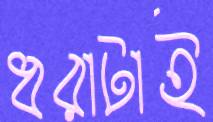
ধরাটাই